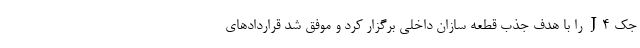
جک J4 را با هدف جذب قطعه سازان داخلی برگزار کرد و موفق شد قراردادهای